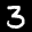
Label: 3